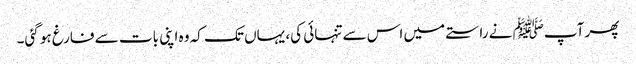
پھر آپﷺ نے راستے میں اس سے تنہائی کی، یہاں تک کہ وہ اپنی بات سے فارغ ہو گئی۔